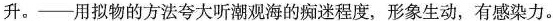
升。——用拟物的方法夸大听潮观海的痴迷程度，形象生动，有感染力。